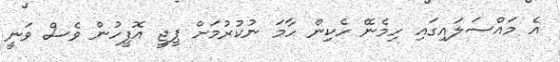
އެ މައްސަލައިގައި ހިމެނޭ ހެކިން ހާމަ ނުކުރުމަށް ޕީޖީ އޮފީހުން ވެސް ވަނީ